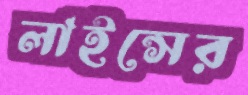
লাইন্সের